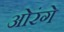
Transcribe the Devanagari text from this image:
ओरंगे